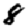
Digit: 8